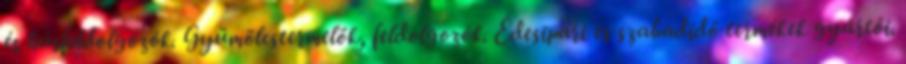
és húsfeldolgozók. Gyümölcstermelők, feldolgozók. Édesipari és szabadidő termékek gyártói.